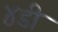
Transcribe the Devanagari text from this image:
४डी